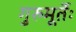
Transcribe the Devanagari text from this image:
गुरुमूर्तेः